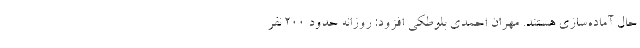
حال آماده‌سازی هستند. مهران احمدی بلوطکی افزود: روزانه حدود ۲۰۰ نفر